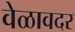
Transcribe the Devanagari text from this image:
वेळावदर